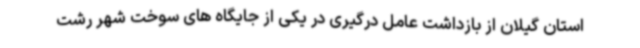
استان گیلان از بازداشت عامل درگیری در یکی از جایگاه های سوخت شهر رشت